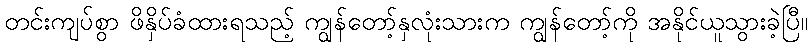
တင်းကျပ်စွာ ဖိနှိပ်ခံထားရသည့် ကျွန်တော့်နှလုံးသားက ကျွန်တော့်ကို အနိုင်ယူသွားခဲ့ပြီ။